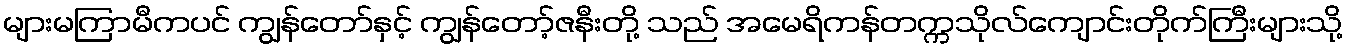
များမကြာမီကပင် ကျွန်တော်နှင့် ကျွန်တော့်ဇနီးတို့ သည် အမေရိကန်တက္ကသိုလ်ကျောင်းတိုက်ကြီးများသို့